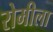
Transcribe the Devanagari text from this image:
रोमीला